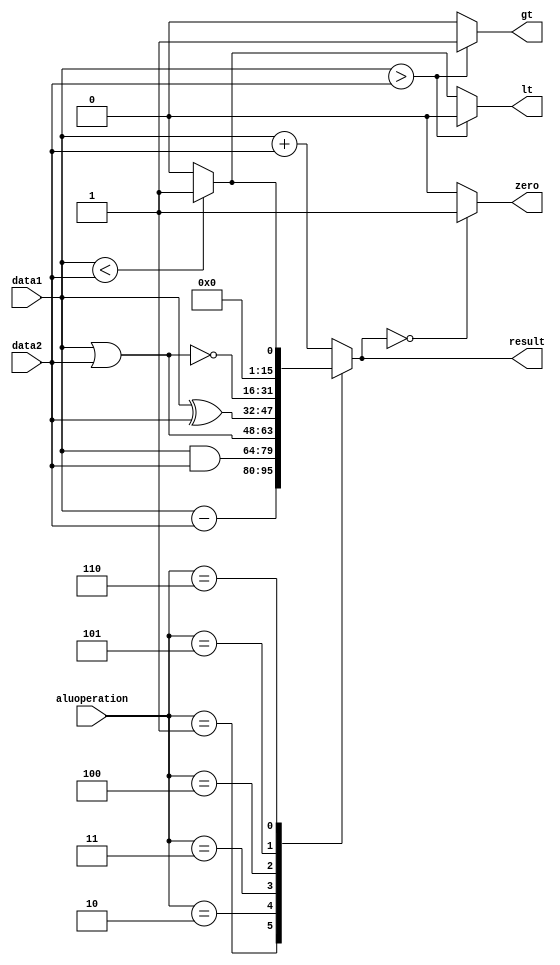
module ALU(input [15:0] data1,data2,input [3:0] aluoperation,output reg [15:0] result,output reg zero,lt,gt);

	always@(aluoperation,data1,data2)
	begin
		case (aluoperation)
			4'b0000 : result = data1 + data2; // ADD
			4'b0001 : result = data1 - data2; // SUB
			4'b0010 : result = data1 & data2; // AND
			4'b0011 : result = data1 | data2; // OR
			4'b0100 : result = data1 ^ data2; // XOR
			4'b0101 : result = data1 ~| data2; // NOR
			4'b0110 : result = (data1 < data2) ? 16'd1 : 16'd0; // SLT
			default : result = data1 + data2; // ADD
		endcase

		if(data1>data2)
		begin
			gt = 1'b1;
			lt = 1'b0;
		end else if(data1<data2)
		begin
			gt = 1'b0;
			lt = 1'b1;
		end else 
		begin
			gt = 1'b0;
			lt = 1'b0;
		end

		if (result==16'd0) zero=1'b1;
		else zero=1'b0;

	end


endmodule

/*
module testbench;

	reg [15:0] d1,d2;  // d1=data1, d2=data2 
	reg [3:0] aluop;   // aluop=aluoperation 

	wire [15:0] r; // r=result 
	wire gt,lt,z; // z=zero 

	ALU u0(d1, d2, aluop, r, z, lt, gt);

	initial begin
		$monitor("%d, %b, %b, %b", r, z, lt, gt);

		#5
		d1=16'd1;
		d2=16'd2;
		aluop=4'b0000;

		#20
		d1=16'd8;
		d2=16'd8;
		aluop=4'b0001;
		#20
		d1=16'd9;
		d2=16'd7;
		aluop=4'b1000;
	end


endmodule
*/